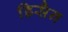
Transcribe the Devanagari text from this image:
डिसैन